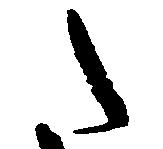
た